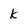
Character: k